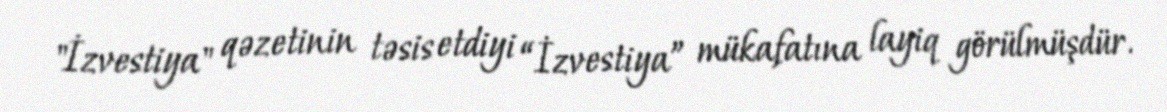
"İzvestiya" qəzetinin təsis etdiyi “İzvestiya” mükafatına layiq görülmüşdür.